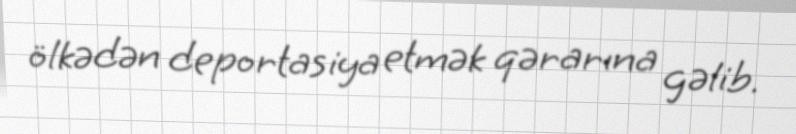
ölkədən deportasiya etmək qərarına gəlib.